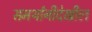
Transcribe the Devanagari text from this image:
समर्थांनीदेखील